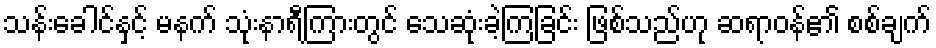
သန်းခေါင်နှင့် မနက် သုံးနာရီကြားတွင် သေဆုံးခဲ့ကြခြင်း ဖြစ်သည်ဟု ဆရာဝန်၏ စစ်ချက်